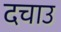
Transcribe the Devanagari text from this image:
दचाउ